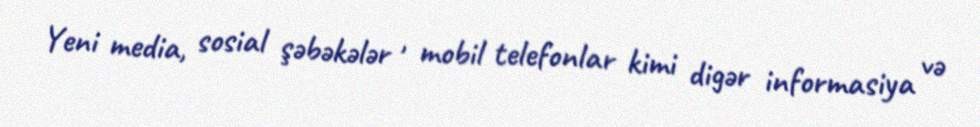
Yeni media, sosial şəbəkələr , mobil telefonlar kimi digər informasiya və